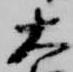
大